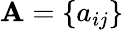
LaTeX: \mathbf{A}=\{ a_{ij}\}